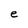
Character: e